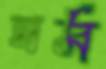
ঘর্ম